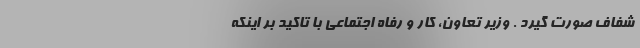
شفاف صورت گیرد . وزیر تعاون، کار و رفاه اجتماعی با تاکید بر اینکه